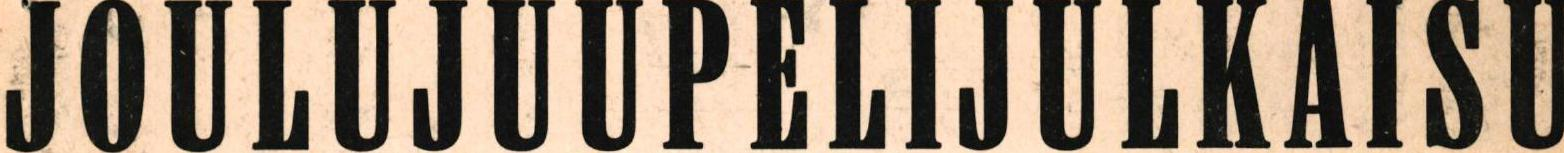
JOULUJUUPELIJULKAISU